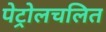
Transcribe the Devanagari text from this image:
पेट्रोलचलित